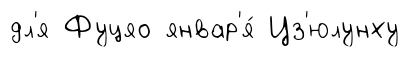
дл'я Фуцяо январ'я́ Цз'юлунху